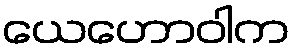
ယေဟောဝါက